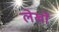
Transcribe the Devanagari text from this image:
लेखोंं